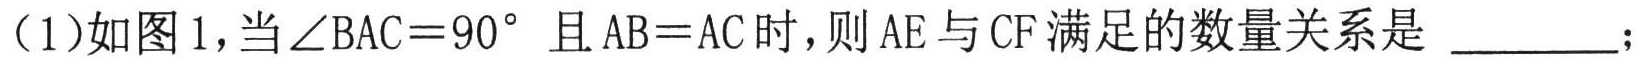
（1）如图1，当\(\angle BAC = 90^{\circ}\)且\(AB = AC\)时，则\(AE\)与\(CF\)满足的数量关系是 \_\_\_\_\_；